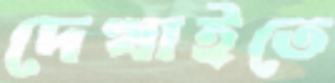
দেখাইতে